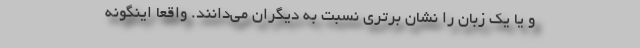
و یا یک زبان را نشان برتری نسبت به دیگران می‌دانند. واقعا اینگونه